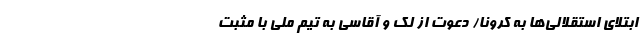
ابتلای استقلالی‌ها به کرونا/ دعوت از لک و آقاسی به تیم ملی با مثبت